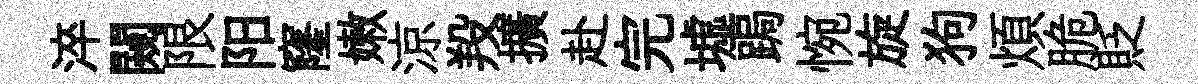
淬闚限阳窿嫩涼羖擴赴完墟跼惋旋狗煩脆貶